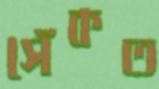
সেঁকত